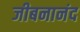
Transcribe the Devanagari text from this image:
जीबनानंद